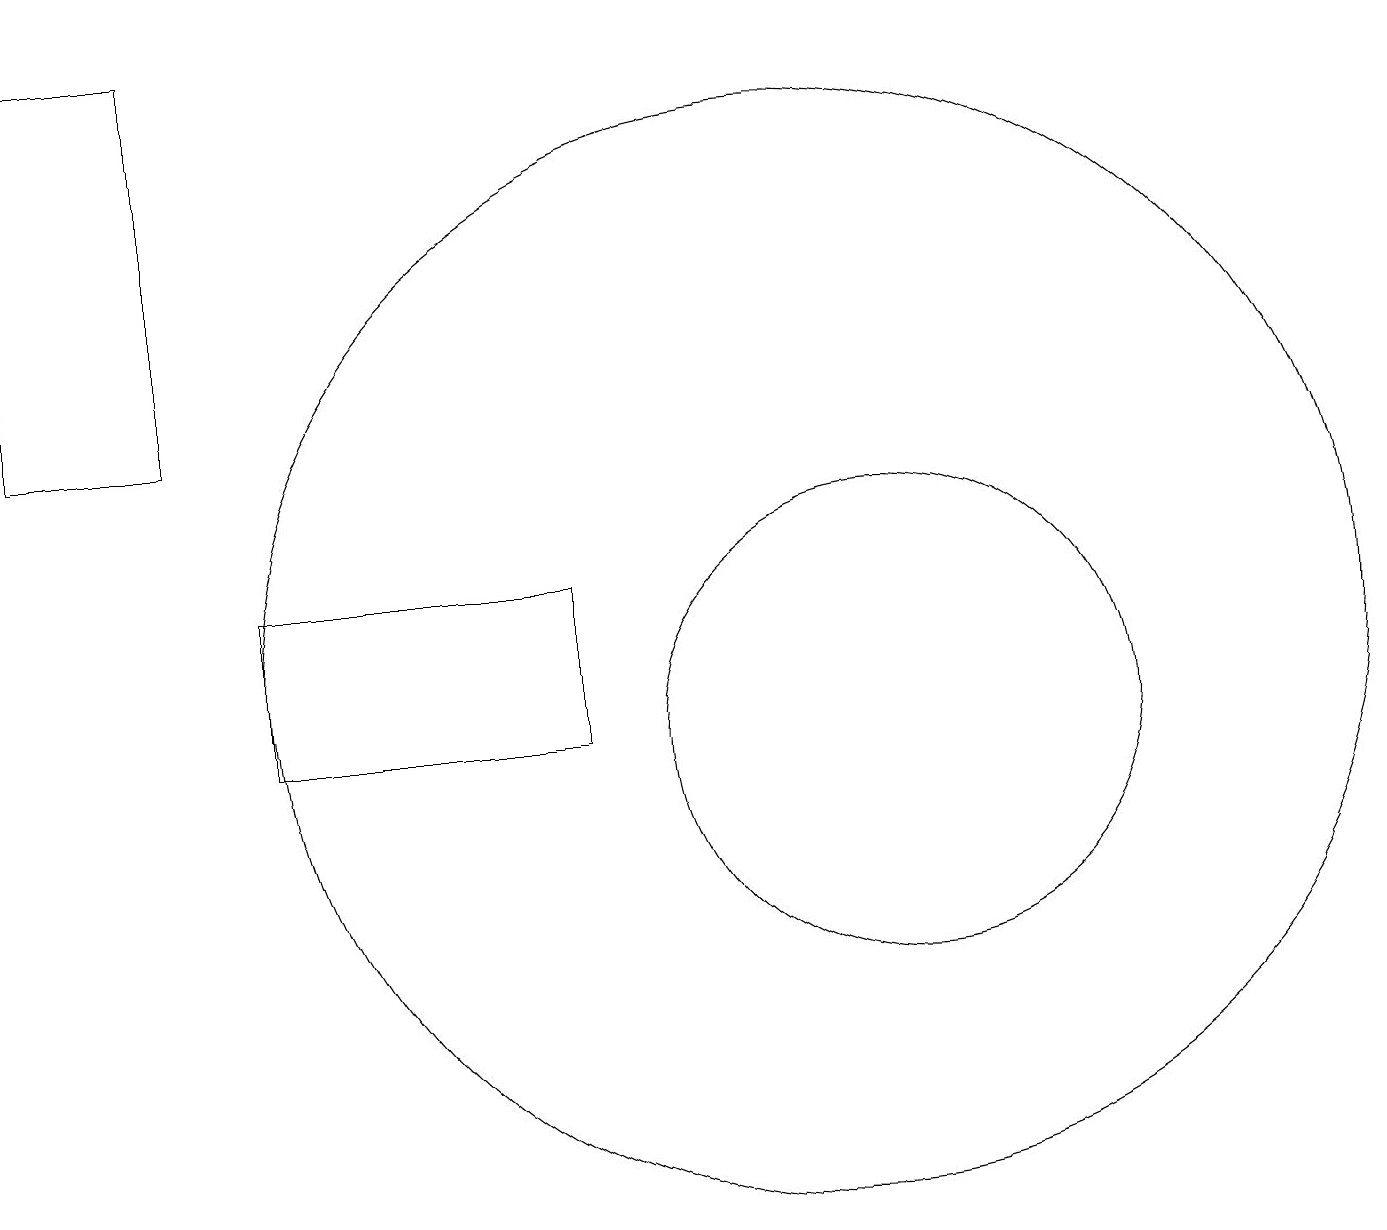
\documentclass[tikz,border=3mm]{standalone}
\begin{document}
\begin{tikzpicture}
\draw (8,10) rectangle (4,12);
\draw (3,14) rectangle (1,19);
\draw (11,11) circle (7);
\draw (12,10) circle (3);
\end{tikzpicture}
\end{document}